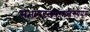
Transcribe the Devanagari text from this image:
सभापटलपररखेगयेपत्र